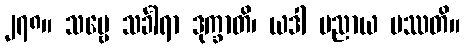
၂၇၈။ သဗ္ဗေ သင်္ခါရာ ဒုက္ခာတိ၊ ယဒါ ပညာယ ပဿတိ။